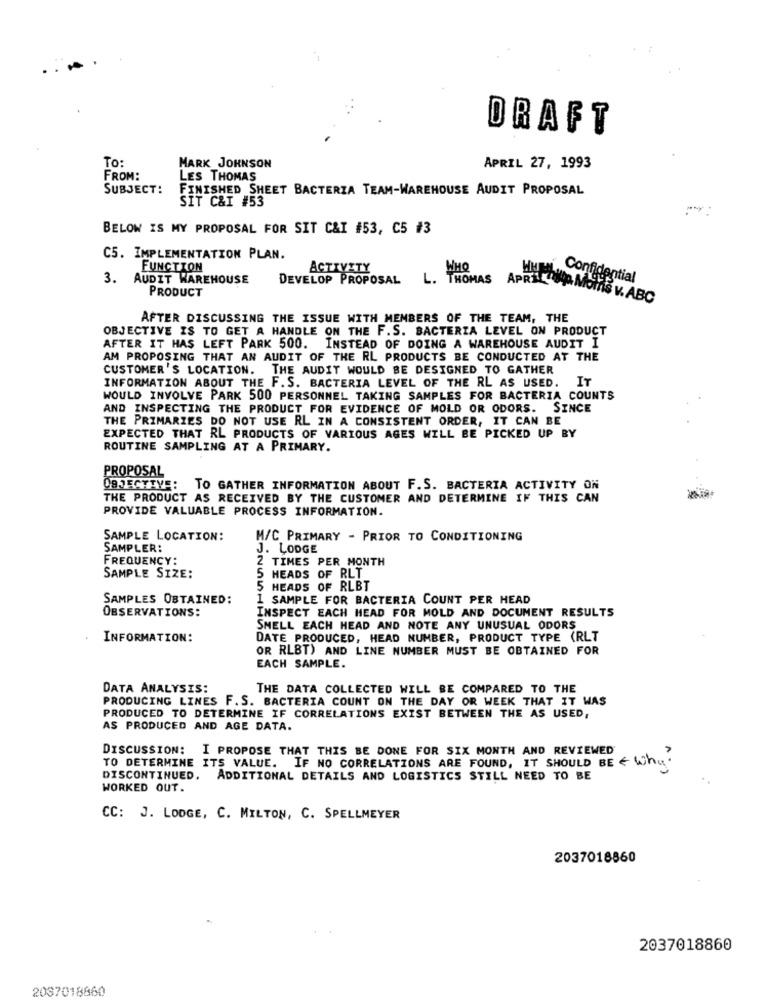
DRAFT
To:
MARK JOHNSON
APRIL 27, 1993
FROM:
LES THOMAS
SUBJECT:
FINISHED SHEET BACTERZA TEAM-WAREH
USE AUDIT PROPOSAL
SIT C&I #53
BELOW IS MY PROPOSAL FOR SIT C&I #53, C5 #3
C5. IMPLEMENTATION PLAN.
FUNCTION
ACTIVITY
WHO
3. AUDIT WAREHOUSE
DEVELOP PROPOSAL
L. THOMAS
Hun, Confidential
PRODUCT
APRIL Cup Moms v. ABC
AFTER DISCUSSING THE ISSUE WITH MEMBERS OF THE TEAM, THE
OBJECTIVE IS TO GET A HANDLE ON THE F.S. BACTERIA LEVEL ON PRODUCT
AFTER IT HAS LEFT PARK 500. INSTEAD OF DOING A WAREHOUSE AUDIT I
AM PROPOSING THAT AN AUDIT OF THE RL PRODUCTS BE CONDUCTED AT THE
CUSTOMER'S LOCATION. THE AUDIT WOULD BE DESIGNED TO GATHER
INFORMATION ABOUT THE F. S. BACTERIA LEVEL OF THE RL AS USED. IT
WOULD INVOLVE PARK 500 PERSONNEL TAKING SAMPLES FOR BACTERIA COUNTS
AND INSPECTING THE PRODUCT FOR EVIDENCE OF MOLD OR ODORS. SINCE
THE PRIMARIES DO NOT USE RL IN A CONSISTENT ORDER, IT CAN BE
EXPECTED THAT RL PRODUCTS OF VARIOUS AGES WILL BE PICKED UP BY
ROUTINE SAMPLING AT A PRIMARY.
PROPOSAL
OBJECTTVE:
TO GATHER INFORMATION ABOUT F.S. BACTERIA ACTIVITY ON
THE PRODUCT AS RECEIVED BY THE CUSTOMER AND DETERMINE IF THIS CAN
PROVIDE VALUABLE PROCESS INFORMATION.
SAMPLE LOCATION:
M/C PRIMARY - PRIOR TO CONDITIONING
SAMPLER:
J. LODGE
FREQUENCY:
TIMES PER MONTH
SAMPLE SIZE:
HEADS OF RLT
HEADS OF RLBT
255
SAMPLES OBTAINED:
1 SAMPLE FOR BACTERIA COUNT PER HEAD
OBSERVATIONS:
INSPECT EACH HEAD FOR MOLD AND DOCUMENT RESULTS
SMELL EACH HEAD AND NOTE ANY UNUSUAL ODORS
INFORMATION:
DATE PRODUCED, HEAD NUMBER, PRODUCT TYPE (RLT
OR RLBT) AND LINE NUMBER MUST BE OBTAINED FOR
EACH SAMPLE.
DATA ANALYSIS:
THE DATA COLLECTED WILL BE COMPARED TO THE
PRODUCING LINES F. S. BACTERIA COUNT ON THE DAY OR WEEK THAT IT WAS
PRODUCED TO DETERMINE IF CORRELATIONS EXIST BETWEEN THE AS USED,
AS PRODUCED AND AGE DATA.
DISCUSSION: I PROPOSE THAT THIS BE DONE FOR SIX MONTH AND REVIEWED
TO DETERMINE ITS VALUE. IF NO CORRELATIONS ARE FOUND, IT SHOULD BE & Wh
DISCONTINUED, ADDITIONAL DETAILS AND LOGISTICS STILL NEED TO BE
WORKED OUT.
CC: J. LODGE, C. MILTON, C. SPELLMEYER
2037018860
2037018860
2037018860